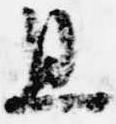
且